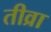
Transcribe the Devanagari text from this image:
तीव्रा